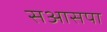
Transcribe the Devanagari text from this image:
सआसपा